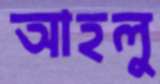
আহলু